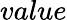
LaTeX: value